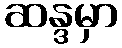
ဆန္ဒမှာ